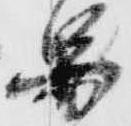
図